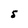
Character: S